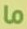
ما